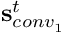
\mathbf { s } _ { c o n v _ { 1 } } ^ { t }